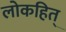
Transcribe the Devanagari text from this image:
लोकहित्